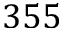
3 5 5